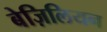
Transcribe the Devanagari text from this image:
बेज़िलियन